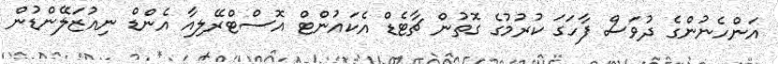
އަންހެނުންގެ ދުވަސް ފާހަގަ ކުރުމުގެ ގޮތުން ޗާޓެޑް އެކައުންޓް އޮސްޓްރޭލިއާ އެންޑް ނިއުޒަލޭންޑުން